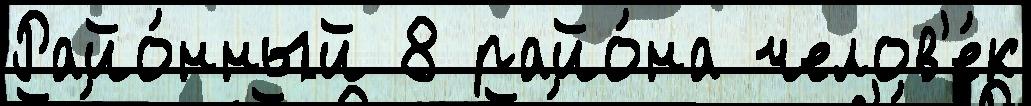
Райо́нный 8 райо́на челов'е́к